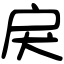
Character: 戾